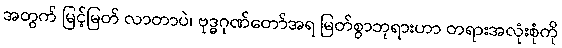
အတွက် မြင့်မြတ် လာတာပဲ၊ ဗုဒ္ဓဂုဏ်တော်အရ မြတ်စွာဘုရားဟာ တရားအလုံးစုံကို